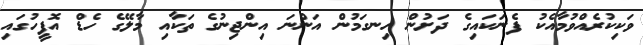
ވަކިކުރެއްވުމާއެކު ފެނަކައިގެ ދަށުން ހިނގަމުން އަންނަ އިންޖިނުގެ ތަކާއި މާލޭގެ ހެޑް އޮފީހުގައި